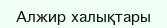
Алжир халықтары